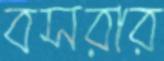
বসরার